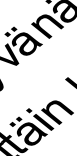
ä n